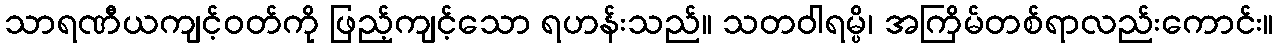
သာရဏီယကျင့်ဝတ်ကို ဖြည့်ကျင့်သော ရဟန်းသည်။ သတဝါရမ္ပိ၊ အကြိမ်တစ်ရာလည်းကောင်း။